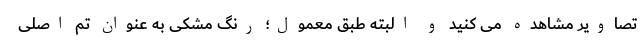
تصاویر مشاهده می کنید و البته طبق معمول؛ رنگ مشکی به عنوان تم اصلی